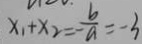
x _ { 1 } + x _ { 2 } = - \frac { b } { a } = - 3